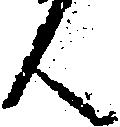
ん